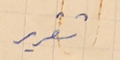
تقرير